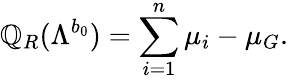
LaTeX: \mathbb{Q}_{R}(\Lambda^{b_{0}})=\sum_{i=1}^{n}\mu_{i}-\mu_{G}.